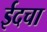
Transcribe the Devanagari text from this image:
ईदचा